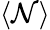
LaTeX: \left<\mathcal{N}\right>